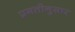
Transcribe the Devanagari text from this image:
प्रगतीनुसार